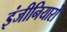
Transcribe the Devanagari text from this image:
इंजीनियारों